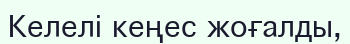
Келелі кеңес жоғалды,